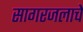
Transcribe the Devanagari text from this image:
सागरजलाचे